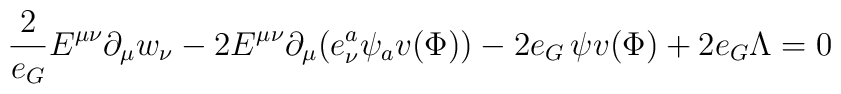
\frac{2}{e_G} E^{\mu\nu} \partial_\mu w_\nu - 2 E^{\mu\nu} \partial_\mu(e_\nu^a\psi_av(\Phi)) - 2 e_G \, \psi v(\Phi) + 2 e_G \Lambda =0